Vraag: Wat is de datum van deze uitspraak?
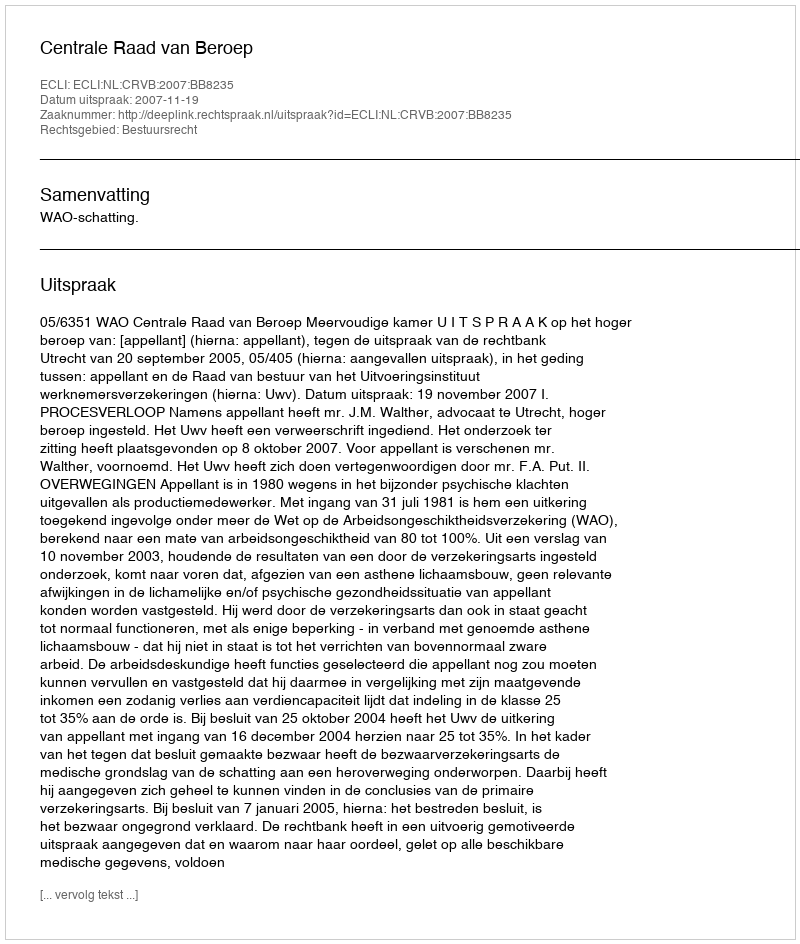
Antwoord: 2007-11-19